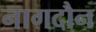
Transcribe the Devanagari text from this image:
नागदौन